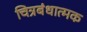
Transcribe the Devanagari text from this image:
चित्रबंधात्मक